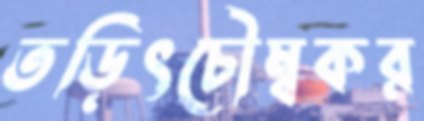
তড়িৎচৌম্বকর